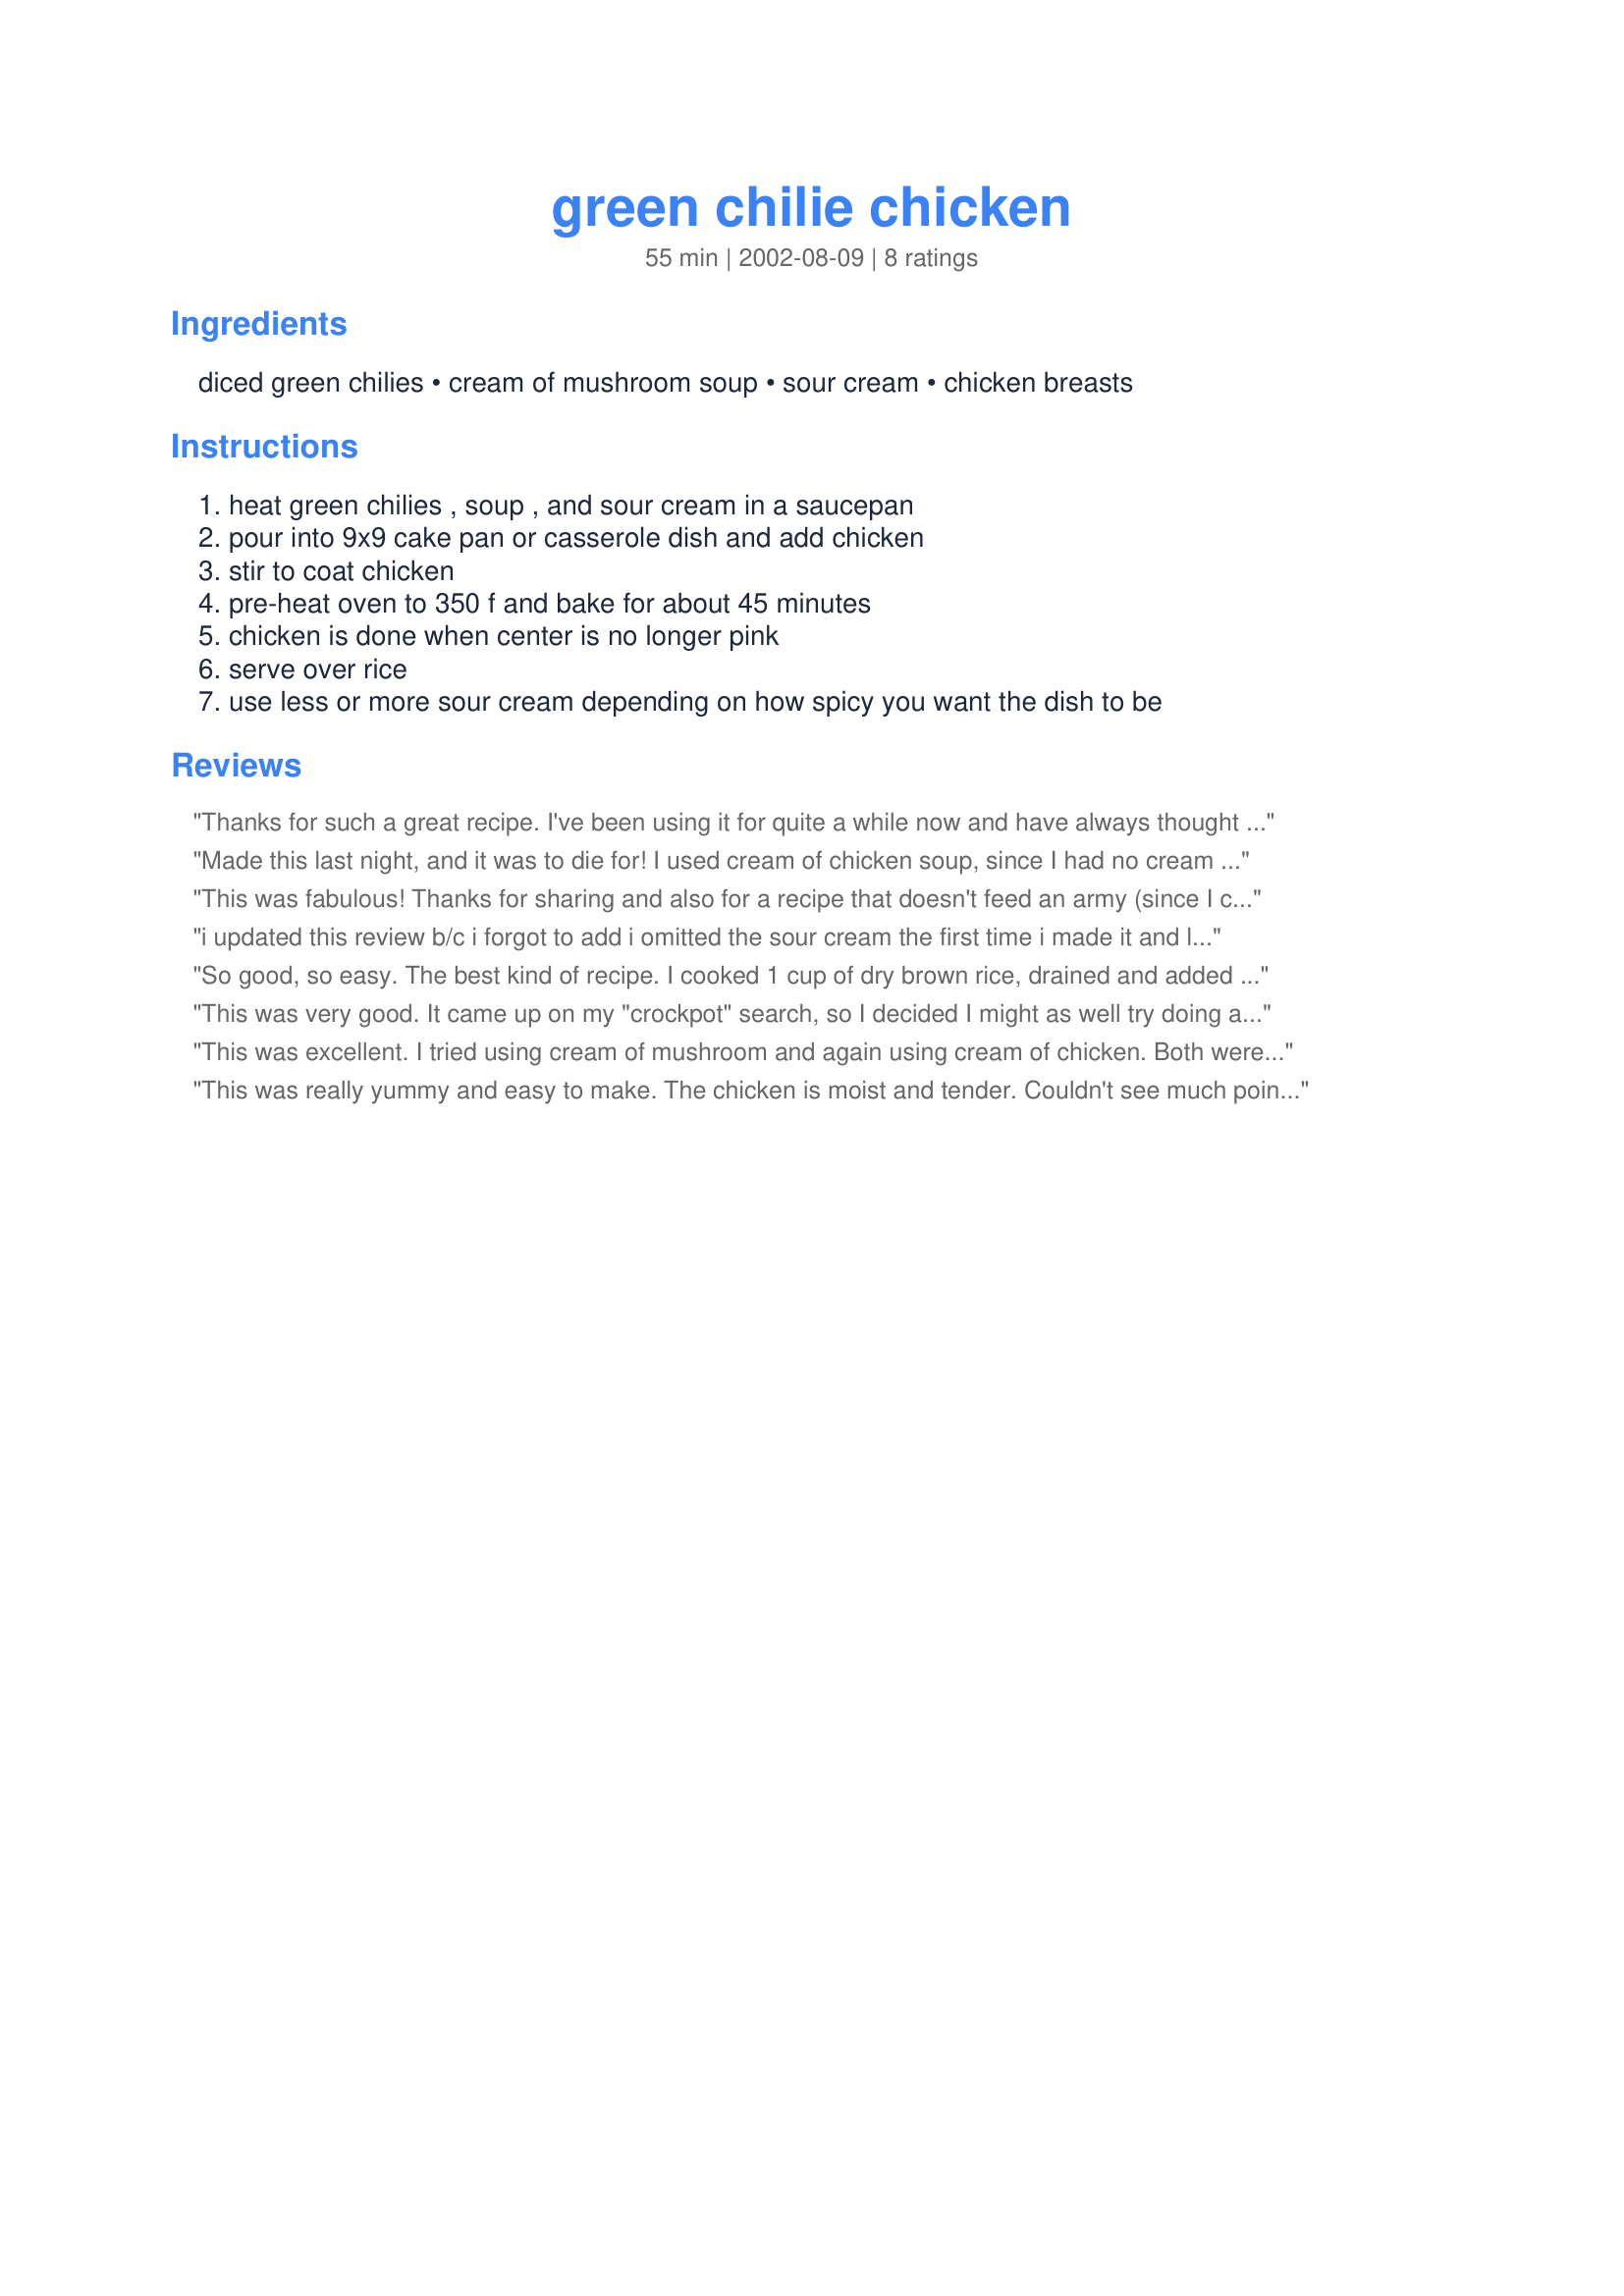
green chilie chicken
Preparation time: 55 minutes

Ingredients:
diced green chilies, cream of mushroom soup, sour cream, chicken breasts

Steps:
heat green chilies , soup , and sour cream in a saucepan, pour into 9x9 cake pan or casserole dish and add chicken, stir to coat chicken, pre-heat oven to 350 f and bake for about 45 minutes, chicken is done when center is no longer pink, serve over rice, use less or more sour cream depending on how spicy you want the dish to be

Reviews:
Thanks for such a great recipe. I've been using it for quite a while now and have always thought it was great. I usually use cream of chicken soup instead of the mushroom and I often serve it over pasta instead of rice, though I like both. Tonight when I made it I didn't have the recipe on hand so I ended up doing it a little differently than usual. I made it with four chicken breats, I used about one cup of sour cream, the same amount of soup and chiles. I also added some garlic powder and a tablespoon of lime juice, and it ended up having such a magnificent flavor that I don't think I'll ever make it without those two ingredients again.
Made this last night, and it was to die for! I used cream of chicken soup, since I had no cream of mushrrom on hand, but it was WONDERFUL! Thanks for posting!
This was fabulous! Thanks for sharing and also for a recipe that doesn't feed an army (since I cook for one)!
i updated this review b/c i forgot to add i omitted the sour cream the first time i made it and like it better than the 2nd time when i added the sour cream! Still 5 stars...yum yum yum yum YUM!
So good, so easy. The best kind of recipe. I cooked 1 cup of dry brown rice, drained and added remaining ingredients. I used some leftover shredded chicken that was already cooked. After draining rice and mixing in the remaining ingredients, I put everything in a casserole dish and cooked for 10 minutes in the oven. Served with some Franks Red Hot Sauce. A great way to use up leftover chicken or to cook raw chicken if opting for the longer cook time. Thank you for sharing.
This was very good. It came up on my "crockpot" search, so I decided I might as well try doing a slow cook version. I added the sour cream, a cup of rice, and corn to the pot ten minutes before serving.
This was excellent. I tried using cream of mushroom and again using cream of chicken. Both were excellent. I also tried without sour cream over a boneless pork roast that I cooked on low for 6 hours and it was great too.

Thanks for a simple but great recipe!
This was really yummy and easy to make. The chicken is moist and tender. Couldn't see much point to heating the sauce at the beginning so just mixed it up in the baking dish. I used a mix of breast and thigh pieces and liked the affect on both.
